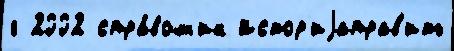
г 2002 спра́вочн'ик Истор'иjаправ'ить